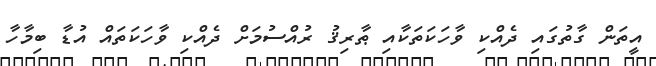
އީތަން ގާތުގައި ދެއްކި ވާހަކަތަކާއި ޠާރިޤު ރުއްސުމަށް ދެއްކި ވާހަކަތައް އުޑާ ބިމާހާ